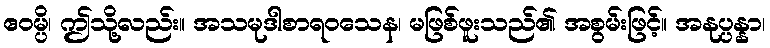
ဧဝမ္ပိ၊ ဤသို့လည်း။ အသမုဒါစာရဝသေန၊ မဖြစ်ဖူးသည်၏ အစွမ်းဖြင့်။ အနုပ္ပန္နာ၊